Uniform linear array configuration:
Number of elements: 64
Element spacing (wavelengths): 0.75
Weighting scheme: blackman
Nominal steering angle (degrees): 45
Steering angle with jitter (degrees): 45.256
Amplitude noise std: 0.05
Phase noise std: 0.05

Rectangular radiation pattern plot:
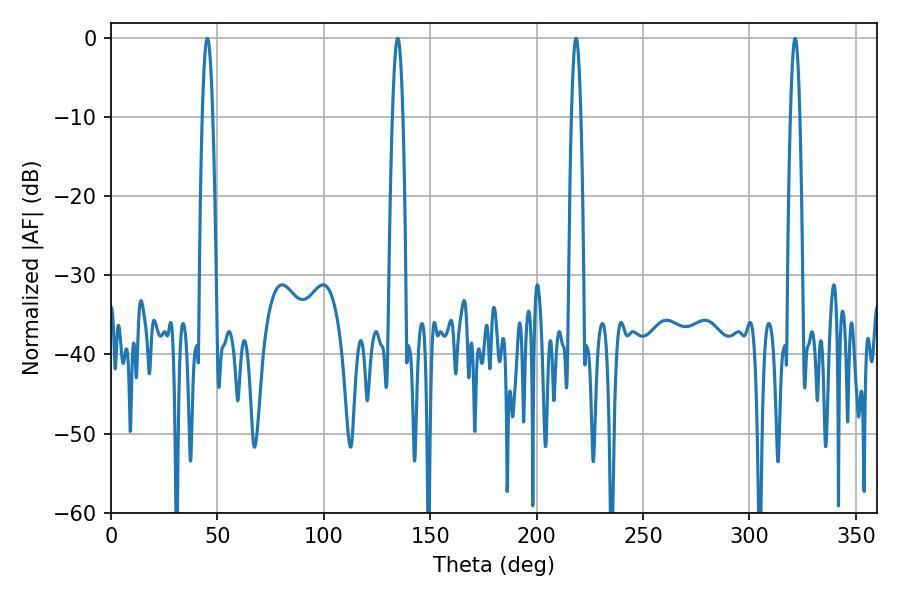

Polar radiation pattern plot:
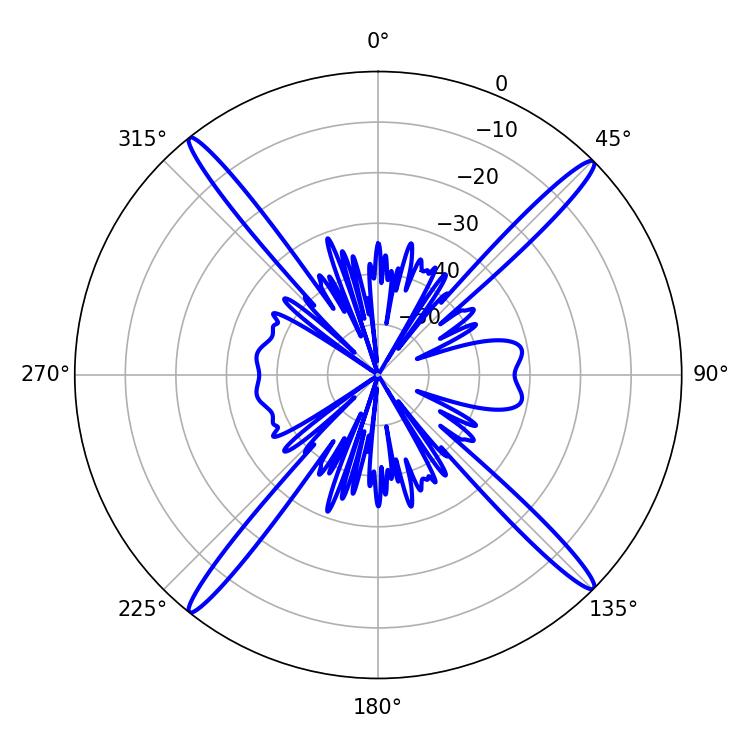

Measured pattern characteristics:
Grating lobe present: TRUE
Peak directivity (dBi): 21.05
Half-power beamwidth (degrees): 2.34
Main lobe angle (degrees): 218.52